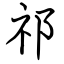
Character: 祁